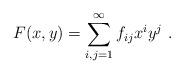
LaTeX: \begin{align*}F(x,y) = \sum\limits_{i,j=1}^{\infty} f_{ij} x^i y^j\ .\end{align*}